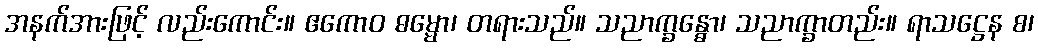
အနက်အားဖြင့် လည်းကောင်း။ ဧကောဝ ဓမ္မော၊ တရားသည်။ သညာက္ခန္ဓော၊ သညာက္ခာတည်း။ ရာသဋ္ဌေန စ၊